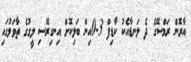
އާރޮން ރަމްސޭގެ ދެ ލަނޑާއެކު ކާޑިފް 3-0އިން ބަލިކޮށް އިނގިރޭސި ލީގުގެ ތާވަލުގައި